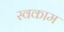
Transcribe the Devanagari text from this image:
स्वकाम